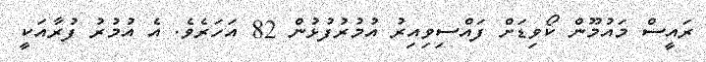
ރައީސް މައުމޫން ކޯވިޑަށް ފައްސިވިއިރު އުމުރުފުޅުން 82 އަހަރެވެ. އެ އުމުރު ފުރާއަކީ